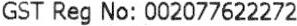
GST REG NO: 002077622272